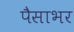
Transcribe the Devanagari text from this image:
पैसाभर